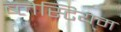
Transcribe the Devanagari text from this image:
ब्लेस्टियम